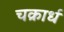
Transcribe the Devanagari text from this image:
चक्रार्ध